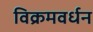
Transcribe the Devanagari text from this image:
विक्रमवर्धन